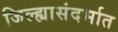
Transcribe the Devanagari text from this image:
जिल्ह्यासंदर्भात